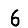
Digit: 6